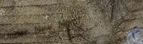
Under New Mgmt